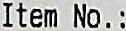
ITEM NO. :